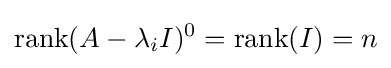
\operatorname {rank} (A-\lambda _{i}I)^{0}=\operatorname {rank} (I)=n